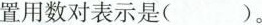
置用数对表示是( )。